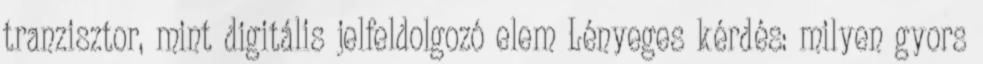
tranzisztor, mint digitális jelfeldolgozó elem Lényeges kérdés: milyen gyors